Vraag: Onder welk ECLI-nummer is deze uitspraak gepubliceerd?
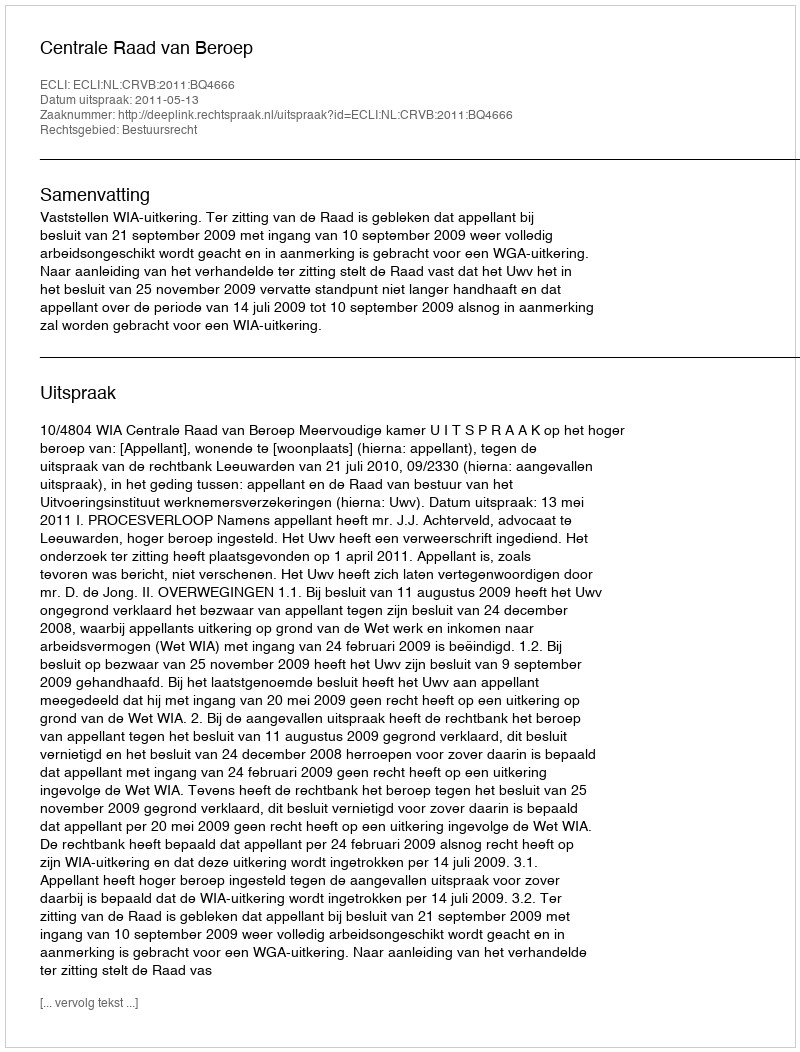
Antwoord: ECLI:NL:CRVB:2011:BQ4666